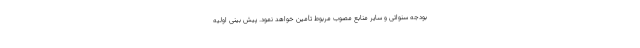
بودجه سنواتی و سایر منابع مصوب مربوط تأمین خواهد نمود. پیش ­بینی اولیه